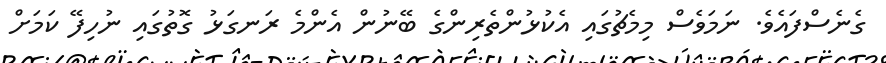
ގެނެސްފައެވެ. ނަމަވެސް މިމެޗުގައި އެކުޅުންތެރިންގެ ބޭނުން އެންމެ ރަނގަޅު ގޮތުގައި ނުހިފޭ ކަމަށް